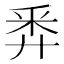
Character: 𢍏